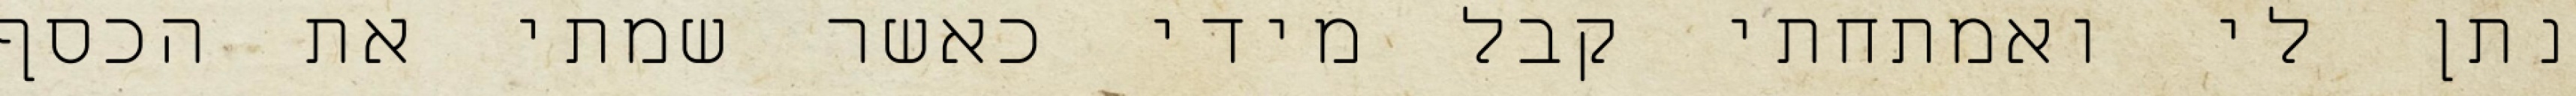
נתן לי ואמתחתי קבל מידי כאשר שמתי את הכסף